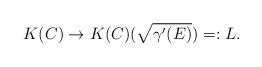
LaTeX: \begin{align*}K(C)\rightarrow{K(C)(\sqrt{\gamma'(E)})}=:L.\end{align*}